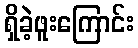
ရှိခဲ့ဖူးကြောင်း